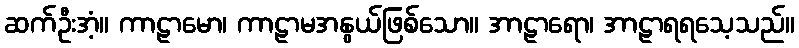
ဆက်ဦးအံ့။ ကာဠာမော၊ ကာဠာမအနွယ်ဖြစ်သော။ အာဠာရော၊ အာဠာရရသေ့သည်။